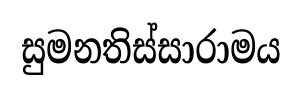
සුමනතිස්සාරාමය